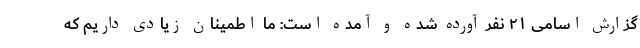
گزارش اسامی ۲۱ نفر آورده شده و آمده است: ما اطمینان زیادی داریم که